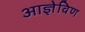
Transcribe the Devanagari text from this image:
आज्ञेविण